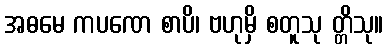
အဓမေ ကပဏေ စာပိ၊ ဗဟုမှိ စတူသု တ္တိသု။